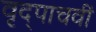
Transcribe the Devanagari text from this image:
वृद्पाचवीं